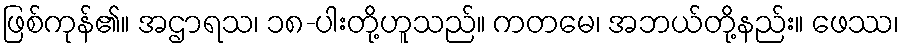
ဖြစ်ကုန်၏။ အဌာရသ၊ ၁၈-ပါးတို့ဟူသည်။ ကတမေ၊ အဘယ်တို့နည်း။ ဖေဿ၊